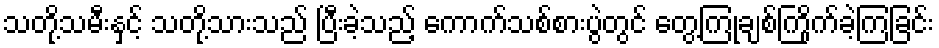
သတို့သမီးနှင့် သတို့သားသည် ပြီးခဲ့သည့် ကောက်သစ်စားပွဲတွင် တွေ့ကြုံချစ်ကြိုက်ခဲ့ကြခြင်း